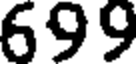
699